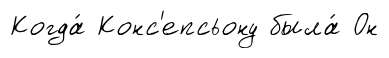
Когда́ Конс'епсьону была́ Он